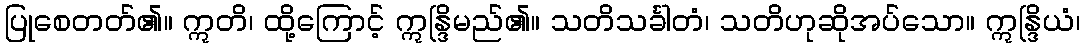
ပြုစေတတ်၏။ ဣတိ၊ ထို့ကြောင့် ဣန္ဒြိမည်၏။ သတိသင်္ခါတံ၊ သတိဟုဆိုအပ်သော။ ဣန္ဒြိယံ၊